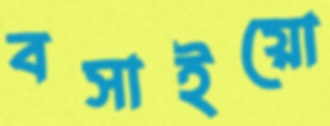
বসাইয়ো